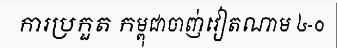
ការប្រកួត កម្ពុជាចាញ់វៀតណាម ៤-០